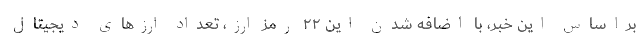
براساس این خبر، با اضافه شدن این ۲۲ رمز ارز، تعداد ارزهای دیجیتال